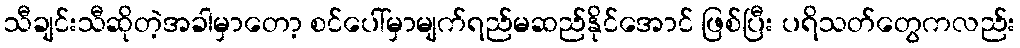
သီချင်းသီဆိုတဲ့အခါမှာတော့ စင်ပေါ်မှာမျက်ရည်မဆည်နိုင်အောင် ဖြစ်ပြီး ပရိသတ်တွေကလည်း